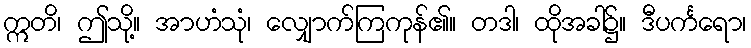
ဣတိ၊ ဤသို့။ အာဟံသုံ၊ လျှောက်ကြကုန်၏။ တဒါ၊ ထိုအခါ၌။ ဒီပင်္ကရော၊